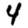
Digit: 4